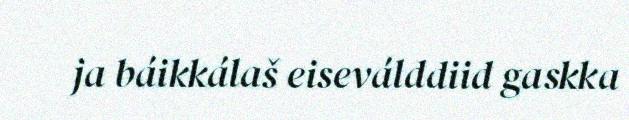
ja báikkálaš eiseválddiid gaskka